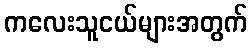
ကလေးသူငယ်များအတွက်